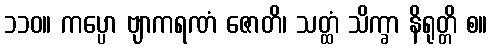
၁၁၀။ ကပ္ပော ဗျာကရဏံ ဇောတိ၊ သတ္ထံ သိက္ခာ နိရုတ္တိ စ။